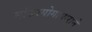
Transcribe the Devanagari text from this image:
सांख्ययोगाधाराने